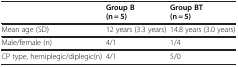
<table><thead><tr><td><b> </b></td><td><b>Group B (n = 5)</b></td><td><b>Group BT (n = 5)</b></td></tr></thead><tbody><tr><td>Mean age (SD)</td><td>12 years (3.3 years)</td><td>14.8 years (3.0 years)</td></tr><tr><td>Male/female (n)</td><td>4/1</td><td>1/4</td></tr><tr><td>CP type, hemiplegic/diplegic(n)</td><td>4/1</td><td>5/0</td></tr></tbody></table>